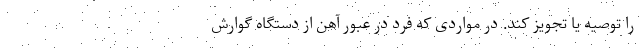
را توصیه یا تجویز کند. در مواردی که فرد در عبور آهن از دستگاه گوارش